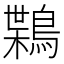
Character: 𪃸